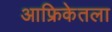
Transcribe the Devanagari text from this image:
आफ्रिकेतला